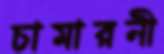
চামারনী